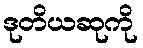
ဒုတိယဆုကို